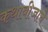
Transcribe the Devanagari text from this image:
कथाबीजाचे